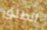
الطلق